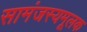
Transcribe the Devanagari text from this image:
सामंजस्यमूलक